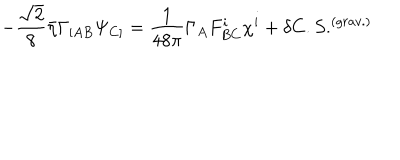
- { \frac { \sqrt 2 } { 8 } } \bar { \eta } \Gamma _ { [ A B } \Psi _ { C ] } = \frac { 1 } { 4 8 \pi } \Gamma _ { A } F _ { B C } ^ { i } \chi ^ { i } + \delta C . S . ^ { ( g r a v . ) }